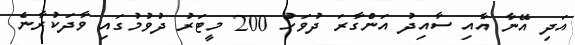
އަދި އޭނާ އާއި ސާއިދު އަންގާރަ ދުވަހު 200 މީޓަރު ދުވުމުގައި ވާދަކުރާނެ